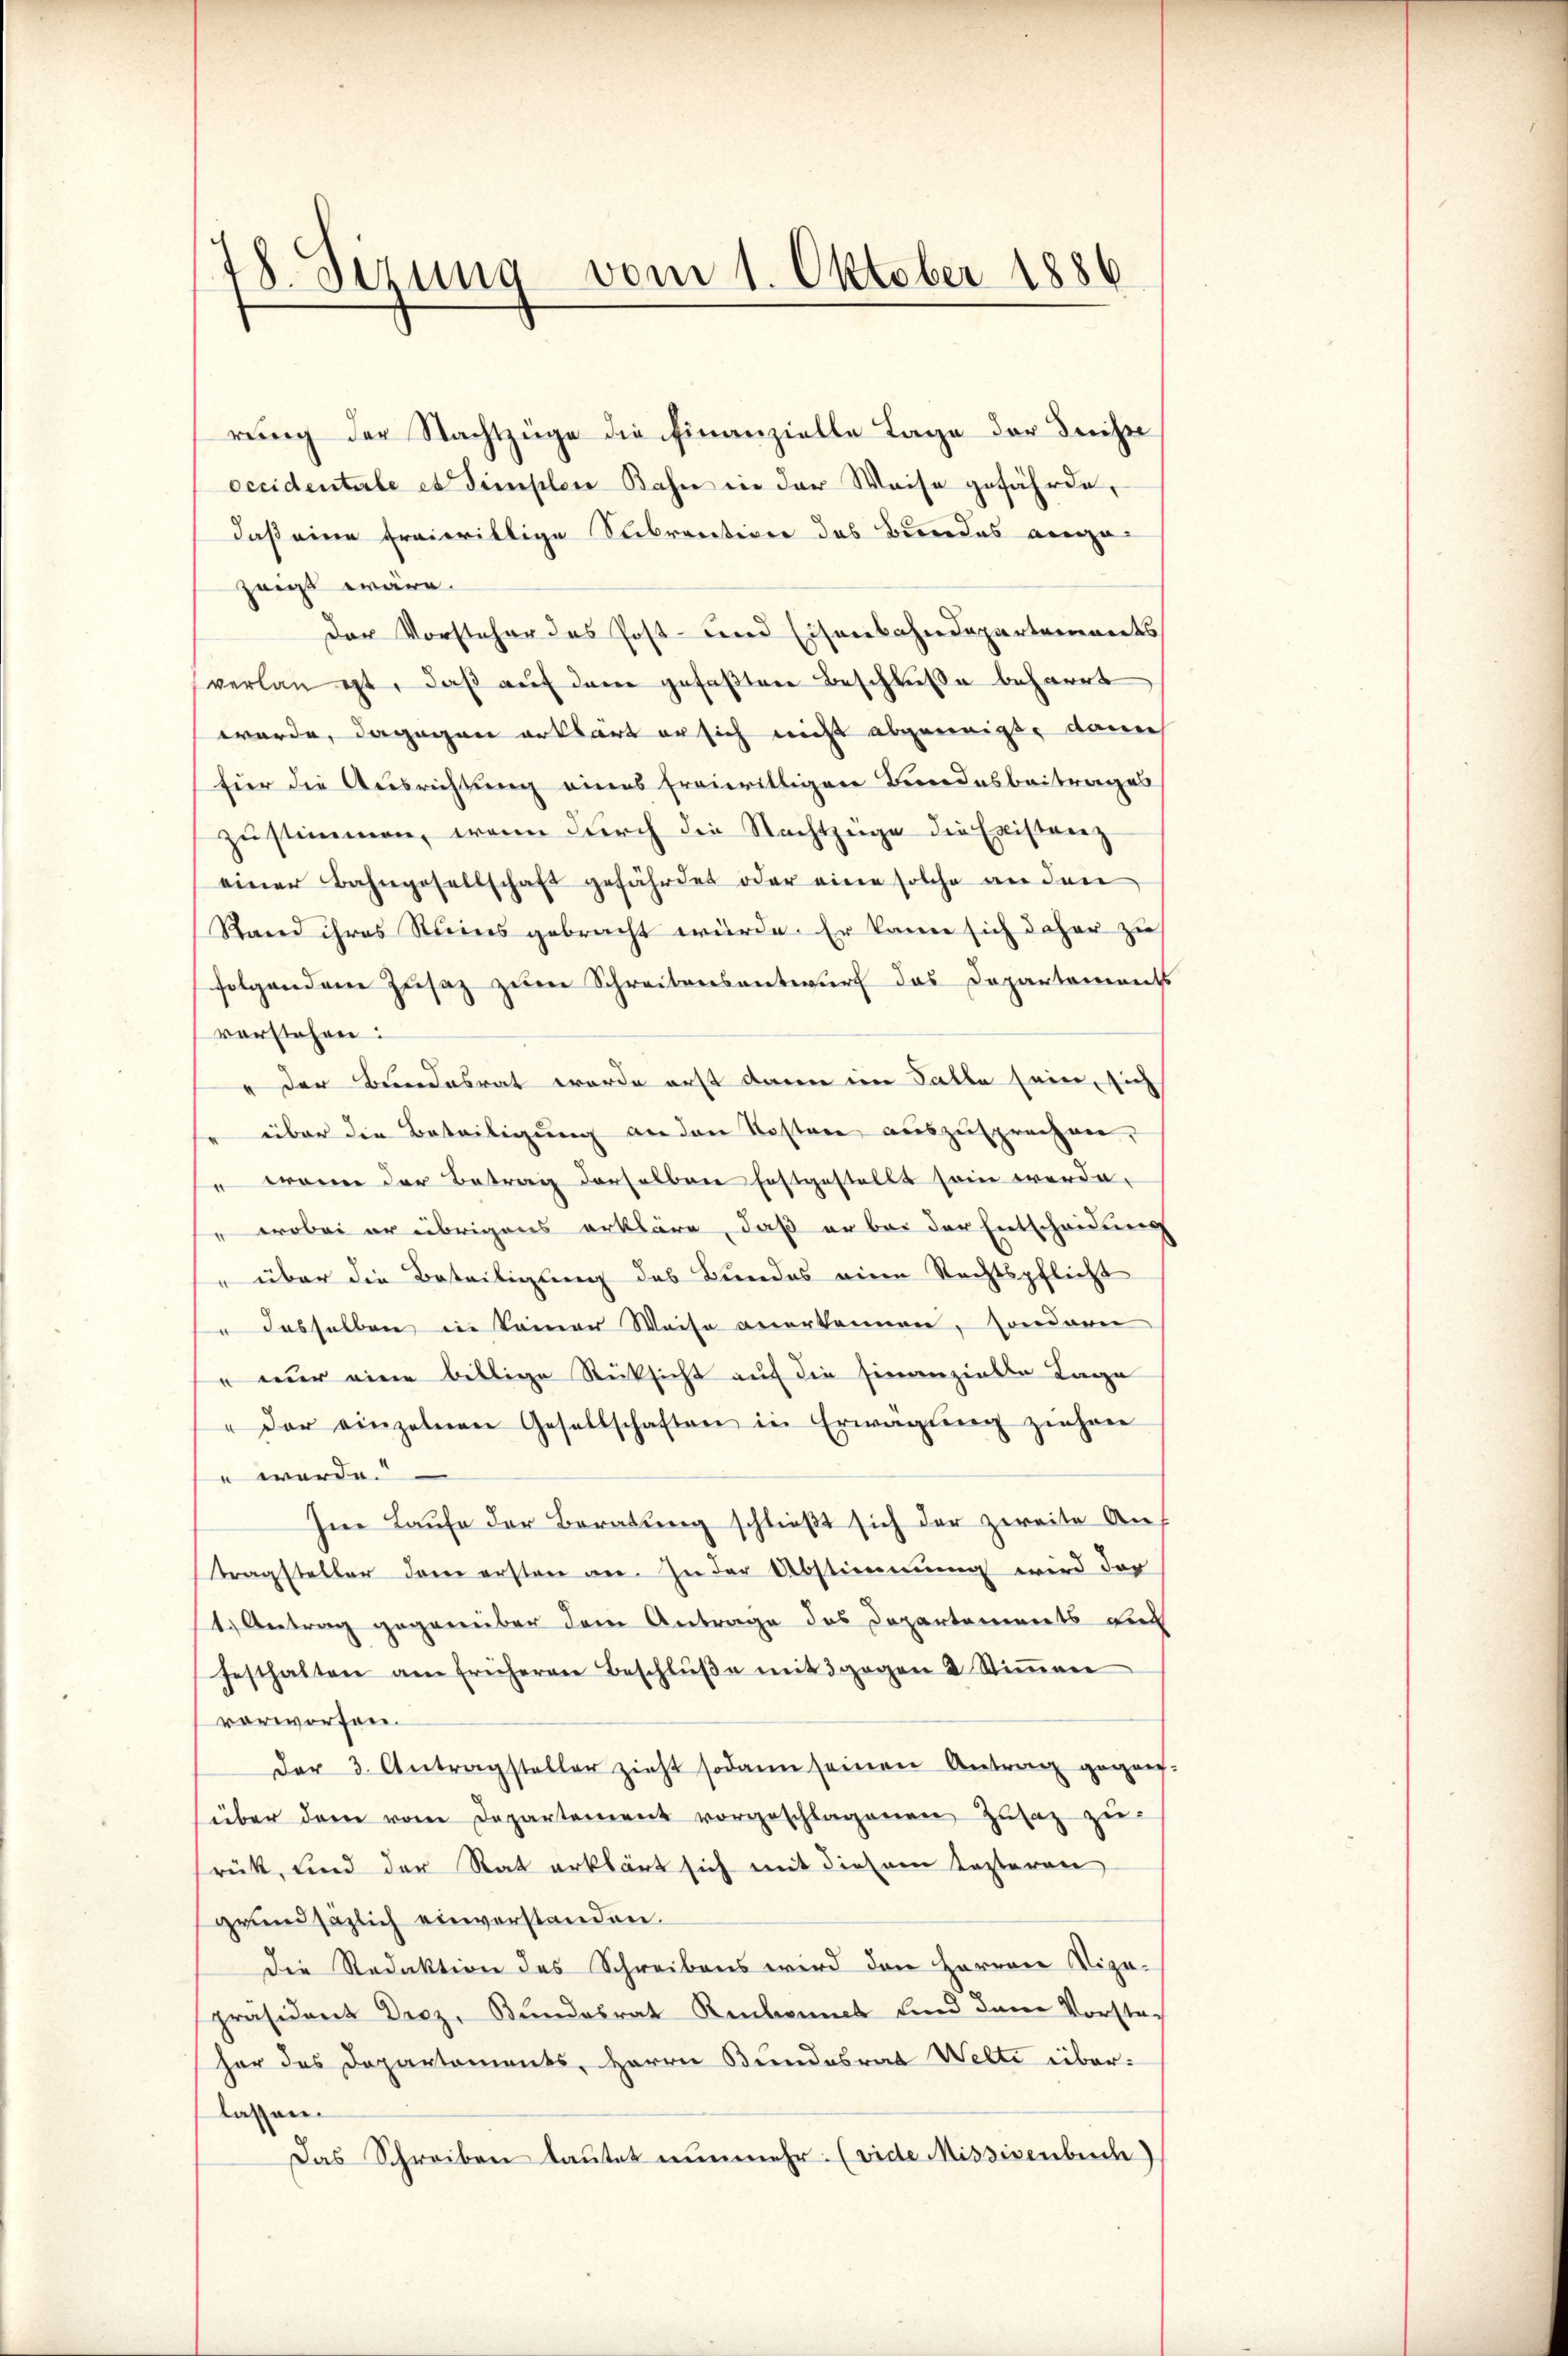
78. Sizung vom 1. Oktober 1886

rung der Nachtzüge die Finanzielle Tage der Friste
cccidentale et Simplen Bahn in der Weise gefährde,
daß eine freiwillige Subractiven das Bundes vera
zauß wäre.
Der Vorsteher das Post- und Eisenbahndepartements
verlan ist, daβ aŭf dem gefaßten Beschluße beharrt
werde, dagegen ortsart er sich nicht abgeneigt, danech
für die Ausrichtung eines Erairittigen Bundesbeitrages
zustimmen, wenn durch die Nachtzüge die Existanz
einer Bahngesellschaft gefährdet oder eine solche an den
Stand ihres Steines gebracht würde. Er kann sich daher zu
folgendem Zusaz zum Schreibensantwurf das Departements
vorstehen:
 der Bundesrat werde erst dann im Falle sein, sich
" über die Beteiligung an den Kosten auszusprechen,
" wann der Betrag derselben festgestellt sein werde.
" wobei er übrigens erkläre, daß er bei der Entscheidung
 über die Beteiligung des Bundes eine Rechtspflicht
" dasselben in keiner Weise anerkennen, sondern
 nur eine billige Rücksicht auf die Finanziale Tage
" der einzelnen Gesellschaften in Erwägŭng ziehen
n werde.
Im Laufe der Beratung schließt sich der zweite Auf
tragsteller dem ersten an. In der Abstimmung wird der
1.) Antrag gegenüber dem Antrage des Departements auc
festhalten am früheren Beschlŭβe mit 3 gegen 2 Stiṁen
vorworfen.
der 3. Antragsteller zieht sodann seinen Antrag gegen-
über dem vom Departement vorgeschlagenen Zusatz zu
rük, und der Rat erklärt sich mit diesem lezteren
grundsäzlich einverstanden.
Die Redaktion des Schreibens wird den Herren Vize-
präsident Decz, Bundesrat Reubonnet und dem Vorstag
her das Departements, Herrn Bundesrat Welti überlassen.
Das Schreiben lautet nunmehr. (vide Missisenbuch)